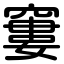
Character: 窶